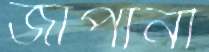
জাপানী